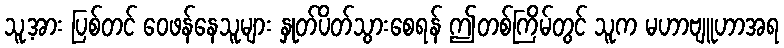
သူ့အား ပြစ်တင် ဝေဖန်နေသူများ နှုတ်ပိတ်သွားစေရန် ဤတစ်ကြိမ်တွင် သူက မဟာဗျူဟာအရ